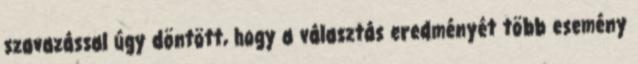
szavazással úgy döntött, hogy a választás eredményét több esemény